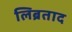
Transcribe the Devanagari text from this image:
लिब्रताद